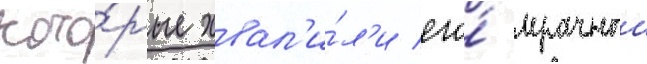
кото́рые хвал'и́л'и его́ мрачныи